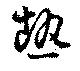
熱